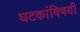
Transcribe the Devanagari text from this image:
घटकांविषयी